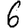
Digit: 6